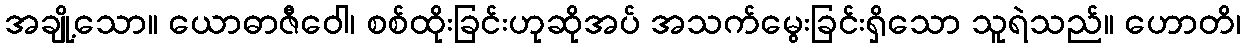
အချို့သော။ ယောဓာဇီဝေါ၊ စစ်ထိုးခြင်းဟုဆိုအပ် အသက်မွေးခြင်းရှိသော သူရဲသည်။ ဟောတိ၊